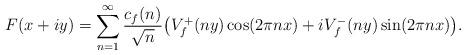
LaTeX: \begin{align*}F(x+iy)=\sum_{n=1}^\infty \frac{c_f(n)}{\sqrt{n}}\bigl(V_f^+(ny)\cos(2\pi nx)+iV_f^-(ny)\sin(2\pi nx)\bigr).\end{align*}